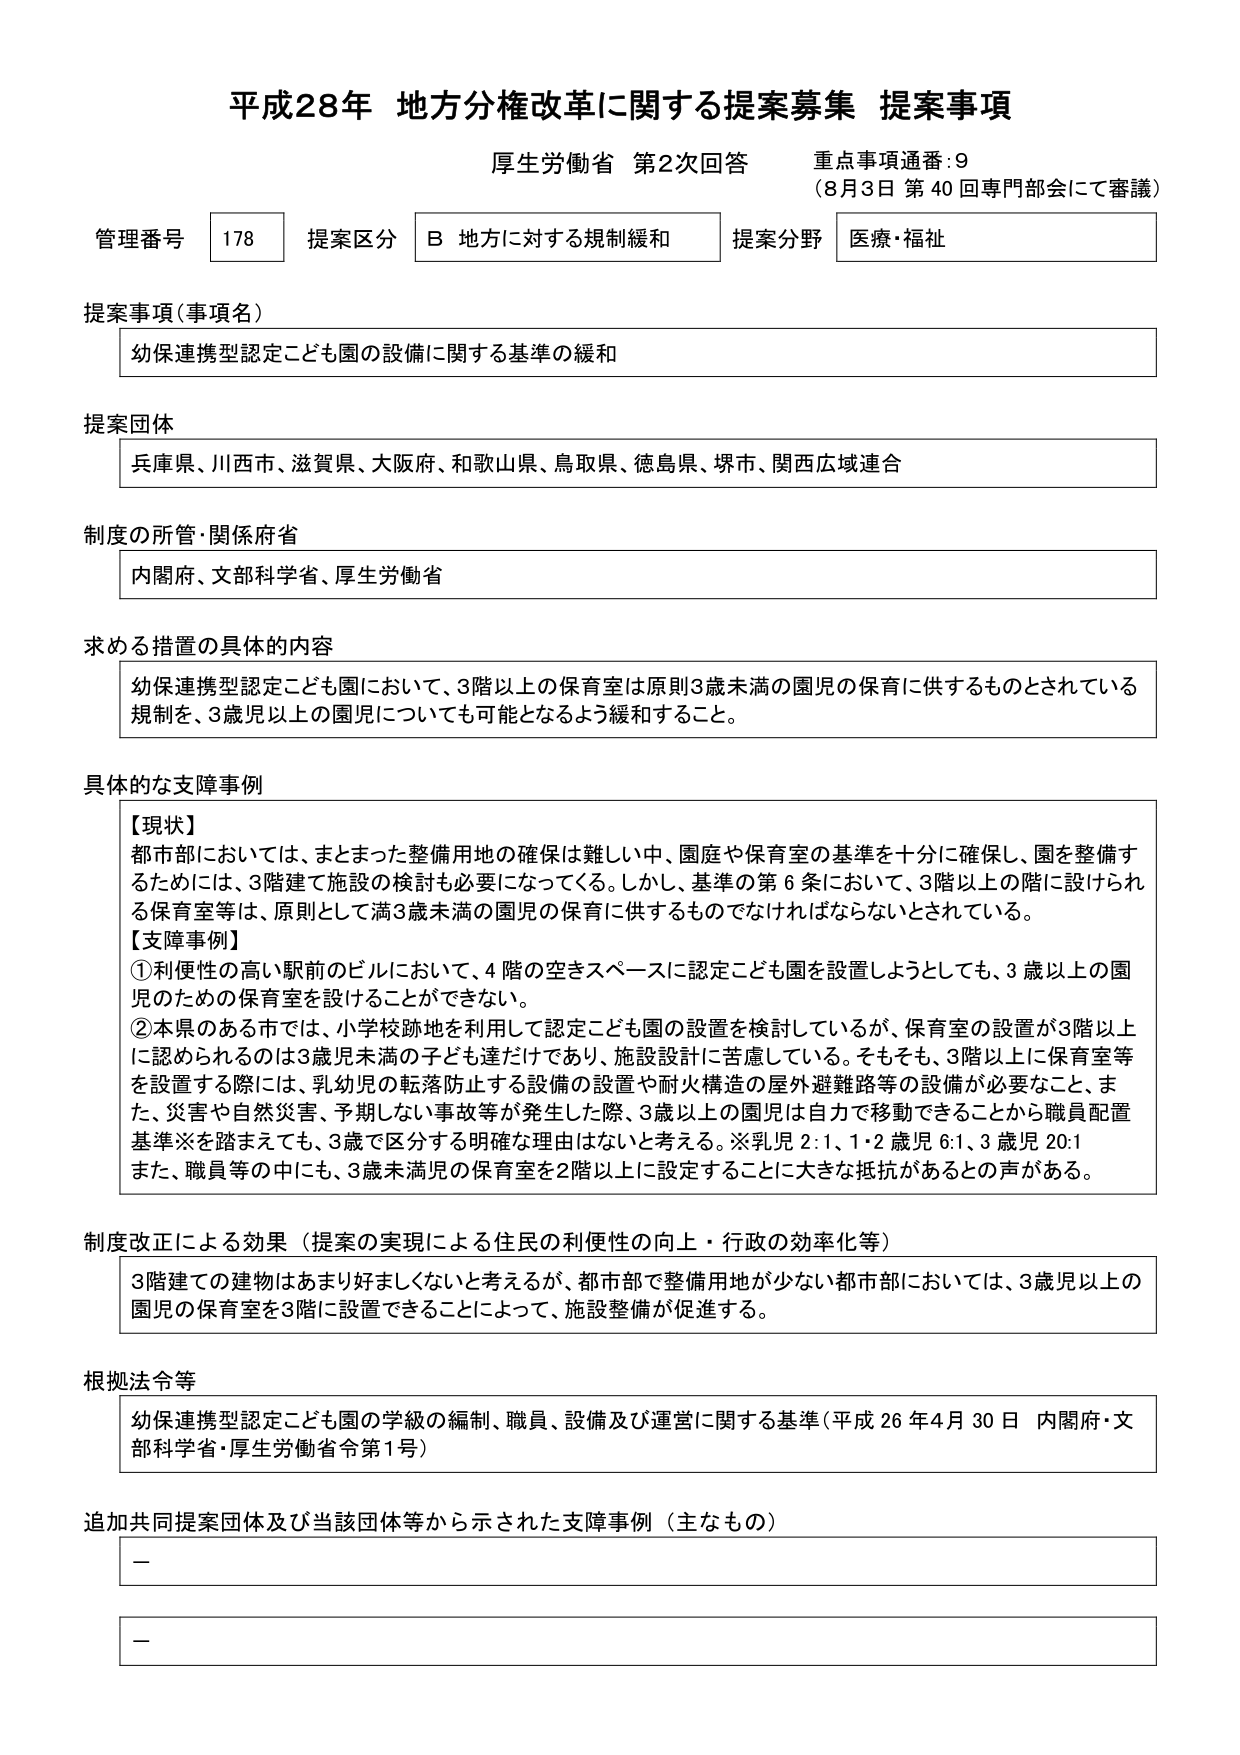
平成28年 地方分権改革に関する提案募集 提案事項
厚生労働省 第2次回答 重点事項通番:9
（8月3日 第40回専門部会にて審議）

管理番号 178 提案区分 B 地方に対する規制緩和 提案分野 医療・福祉

提案事項（事項名）
幼保連携型認定こども園の設備に関する基準の緩和

提案団体
兵庫県、川西市、滋賀県、大阪府、和歌山県、鳥取県、徳島県、堺市、関西広域連合

制度の所管・関係府省
内閣府、文部科学省、厚生労働省

求める措置の具体的内容
幼保連携型認定こども園において、3階以上の保育室は原則3歳未満の園児の保育に供するものとされている規制を、3歳児以上の園児についても可能となるよう緩和すること。

具体的な支障事例
【現状】
都市部においては、まとまった整備用地の確保は難しい中、園庭や保育室の基準を十分に確保し、園を整備するためには、3階建て施設の検討も必要になってくる。しかし、基準の第6条において、3階以上の階に設けられる保育室等は、原則として満3歳未満の園児の保育に供するものでなければならないとされている。
【支障事例】
①利便性の高い駅前のビルにおいて、4階の空きスペースに認定こども園を設置しようとしても、3歳以上の園児のための保育室を設けることができない。
②本県のある市では、小学校跡地を利用して認定こども園の設置を検討しているが、保育室の設置が3階以上に認められるのは3歳児未満の子ども達だけであり、施設設計に苦慮している。そもそも、3階以上に保育室等を設置する際には、乳幼児の転落防止する設備の設置や耐火構造の屋外避難路等の設備が必要なこと、また、災害や自然災害、予期しない事故等が発生した際、3歳以上の園児は自力で移動できることから職員配置基準※を踏まえても、3歳で区分する明確な理由はないと考える。※乳児2:1、1・2歳児6:1、3歳児20:1
また、職員等の中にも、3歳未満児の保育室を2階以上に設定することに大きな抵抗があるとの声がある。

制度改正による効果（提案の実現による住民の利便性の向上・行政の効率化等）
3階建ての建物はあまり好ましくないと考えるが、都市部で整備用地が少ない都市部においては、3歳児以上の園児の保育室を3階に設置できることによって、施設整備が促進する。

根拠法令等
幼保連携型認定こども園の学級の編制、職員、設備及び運営に関する基準（平成26年4月30日 内閣府・文部科学省・厚生労働省令第1号）

追加共同提案団体及び当該団体等から示された支障事例（主なもの）
－
－